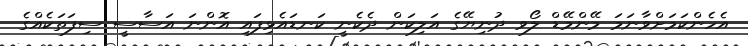
އެހެންކަމަށްވާނަމަ މޭންމޭޑް ލޯވ ދުނިޔޭގެ އަލިކަން ދެކެނީ ކަނޑައެޅިފައި އޮންނަ އަސާސީ ސިފަތަކެއްގެ